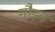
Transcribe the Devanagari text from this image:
गौड़न